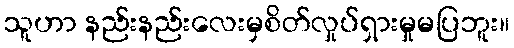
သူဟာ နည်းနည်းလေးမှစိတ်လှုပ်ရှားမှုမပြဘူး။